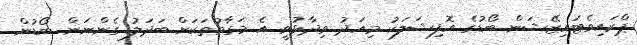
ޕްރައިވެޓައިޒޭޝަން ބޯޑުގެ އޮފިޝަލަކު މިއަދު ވިދާޅުވީ އެ މަގާމުތަކަށް ބަދަލު ގެންނަން ބޯޑުން